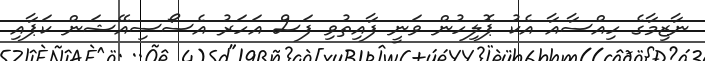
ނާޒިމާގެ ހިއްސާއާ އެކު ޕޮލިހުން ވަނީ ފާއިތުވި ފަސް އަހަރު އެސޯސިއޭޝަން ކަޕާއި